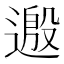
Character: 𫐺